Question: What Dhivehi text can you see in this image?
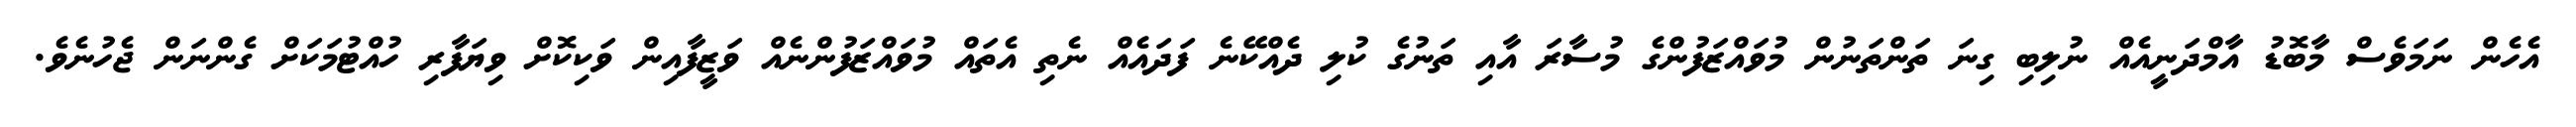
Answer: އެހެން ނަމަވެސް މާބޮޑު އާމްދަނީއެއް ނުލިބި ގިނަ ތަންތަނުން މުވައްޒަފުންގެ މުސާރަ އާއި ތަނުގެ ކުލި ދެއްކޭނެ ފަދައެއް ނެތި އެތައް މުވައްޒަފުންނެއް ވަޒީފާއިން ވަކިކޮށް ވިޔަފާރި ހުއްޓުމަކަށް ގެންނަން ޖެހުނެވެ.